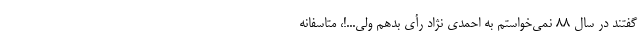
گفتند در سال ۸۸ نمی‌خواستم به احمدی نژاد رأی بدهم ولی...!، متاسفانه